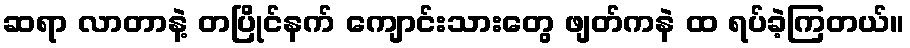
ဆရာ လာတာနဲ့ တပြိုင်နက် ကျောင်းသားတွေ ဖျတ်ကနဲ ထ ရပ်ခဲ့ကြတယ်။